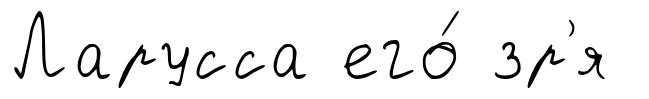
Ларусса его́ зр'я